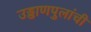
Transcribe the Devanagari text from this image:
उड्डाणपुलांची